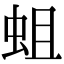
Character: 蛆